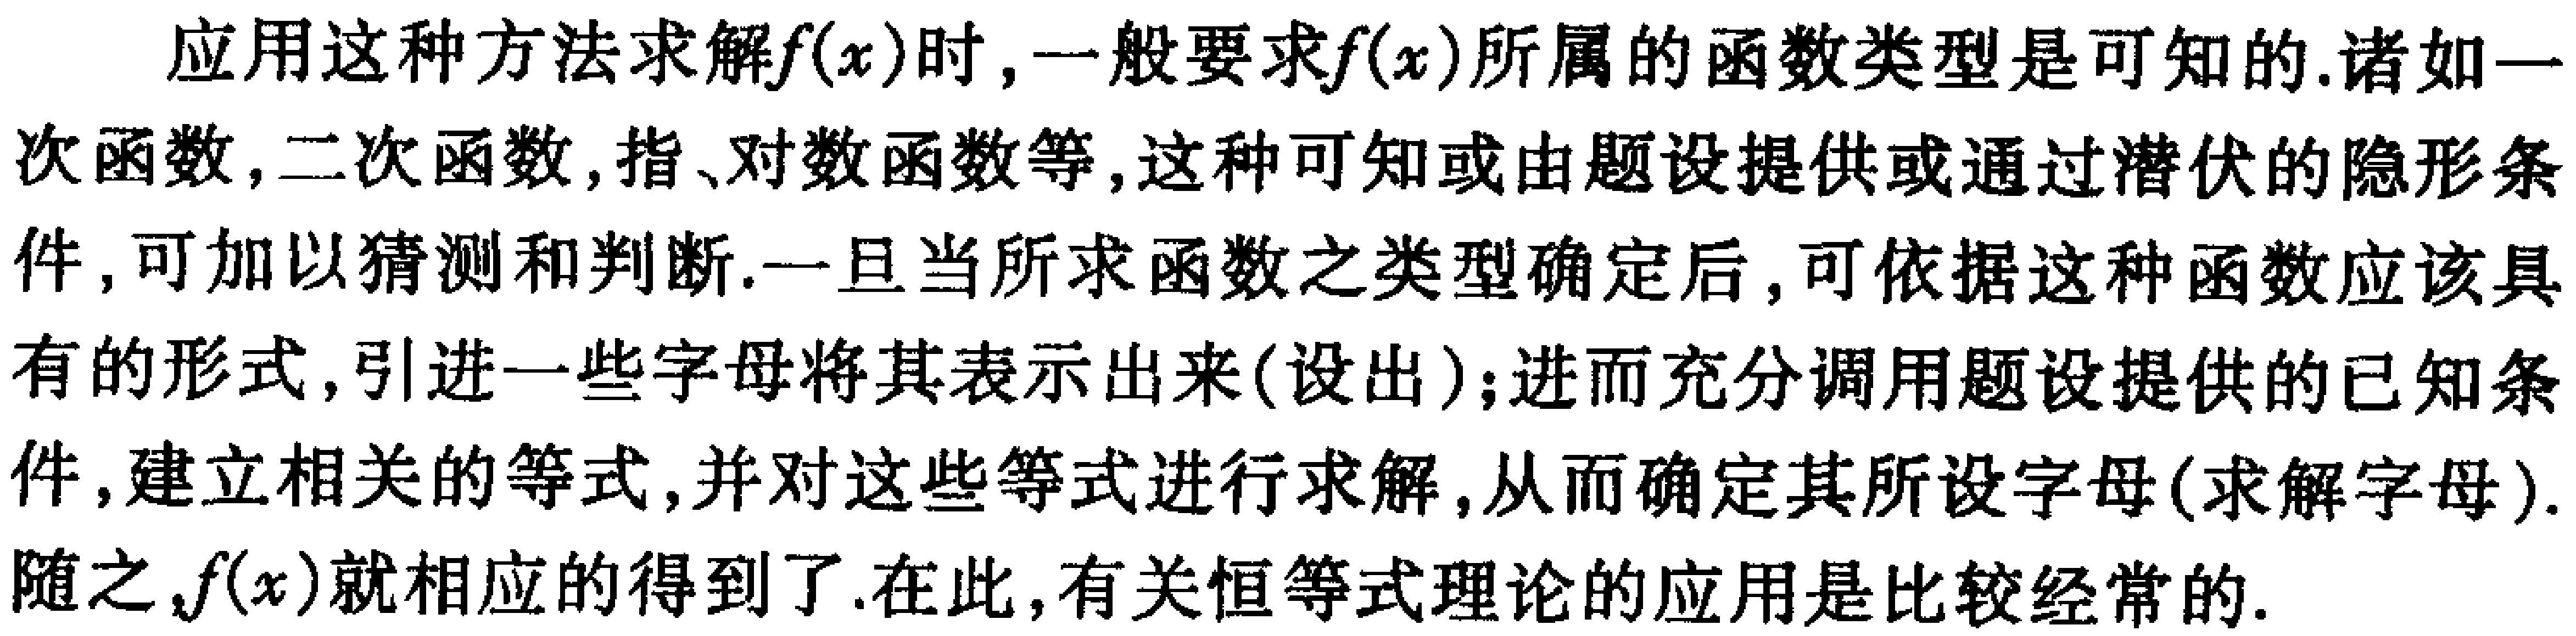
应用这种方法求解\(f(x)\)时，一般要求\(f(x)\)所属的函数类型是可知的.诸如一次函数,二次函数,指、对数函数等,这种可知或由题设提供或通过潜伏的隐形条件,可加以猜测和判断.一旦当所求函数之类型确定后,可依据这种函数应该具有的形式,引进一些字母将其表示出来(设出);进而充分调用题设提供的已知条件,建立相关的等式,并对这些等式进行求解,从而确定其所设字母(求解字母).随之,\(f(x)\)就相应的得到了.在此,有关恒等式理论的应用是比较经常的.